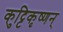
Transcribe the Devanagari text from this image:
कुट्टिकृष्णन्